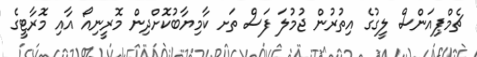
ޗެމްޕިއަންސް ލީގުގެ އިތުރުން ޖުމުލަ ފަސް ތަށ ކާމިޔާބުކޮށްދިން މޮރީނިއޯ އާއި މޮރާޓީގެ